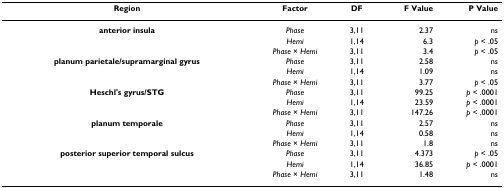
<table><thead><tr><td><b>Region</b></td><td><b>Factor</b></td><td><b>DF</b></td><td><b>F Value</b></td><td><b>P Value</b></td></tr></thead><tbody><tr><td><b>anterior insula</b></td><td><i>Phase</i></td><td>3,11</td><td>2.37</td><td>ns</td></tr><tr><td></td><td><i>Hemi</i></td><td>1,14</td><td>6.3</td><td><i>p </i>&lt; .05</td></tr><tr><td></td><td><i>Phase </i>× <i>Hemi</i></td><td>3,11</td><td>3.4</td><td><i>p </i>&lt; .05</td></tr><tr><td><b>planum parietale/supramarginal gyrus</b></td><td><i>Phase</i></td><td>3,11</td><td>2.58</td><td>ns</td></tr><tr><td></td><td><i>Hemi</i></td><td>1,14</td><td>1.09</td><td>ns</td></tr><tr><td></td><td><i>Phase </i>× <i>Hemi</i></td><td>3,11</td><td>3.77</td><td><i>p </i>&lt; .05</td></tr><tr><td><b>Heschl&#x27;s gyrus/STG</b></td><td><i>Phase</i></td><td>3,11</td><td>99.25</td><td><i>p </i>&lt; .0001</td></tr><tr><td></td><td><i>Hemi</i></td><td>1,14</td><td>23.59</td><td><i>p </i>&lt; .0001</td></tr><tr><td></td><td><i>Phase </i>× <i>Hemi</i></td><td>3,11</td><td>147.26</td><td><i>p </i>&lt; .0001</td></tr><tr><td><b>planum temporale</b></td><td><i>Phase</i></td><td>3,11</td><td>2.57</td><td>ns</td></tr><tr><td></td><td><i>Hemi</i></td><td>1,14</td><td>0.58</td><td>ns</td></tr><tr><td></td><td><i>Phase </i>× <i>Hemi</i></td><td>3,11</td><td>1.8</td><td>ns</td></tr><tr><td><b>posterior superior temporal sulcus</b></td><td><i>Phase</i></td><td>3,11</td><td>4.373</td><td><i>p </i>&lt; .05</td></tr><tr><td></td><td><i>Hemi</i></td><td>1,14</td><td>36.85</td><td><i>p </i>&lt; .0001</td></tr><tr><td></td><td><i>Phase </i>× <i>Hemi</i></td><td>3,11</td><td>1.48</td><td>ns</td></tr></tbody></table>